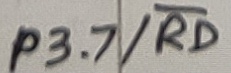
Text: P3.7/RD